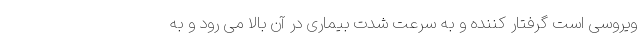
ویروسی است گرفتار کننده و به سرعت شدت بیماری در آن بالا می رود و به